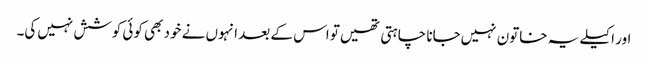
اور اکیلے یہ خاتون نہیں‌جانا چاہتی تھیں‌تو اس کے بعد انہوں نے خود بھی کوئی کوشش نہیں‌کی۔